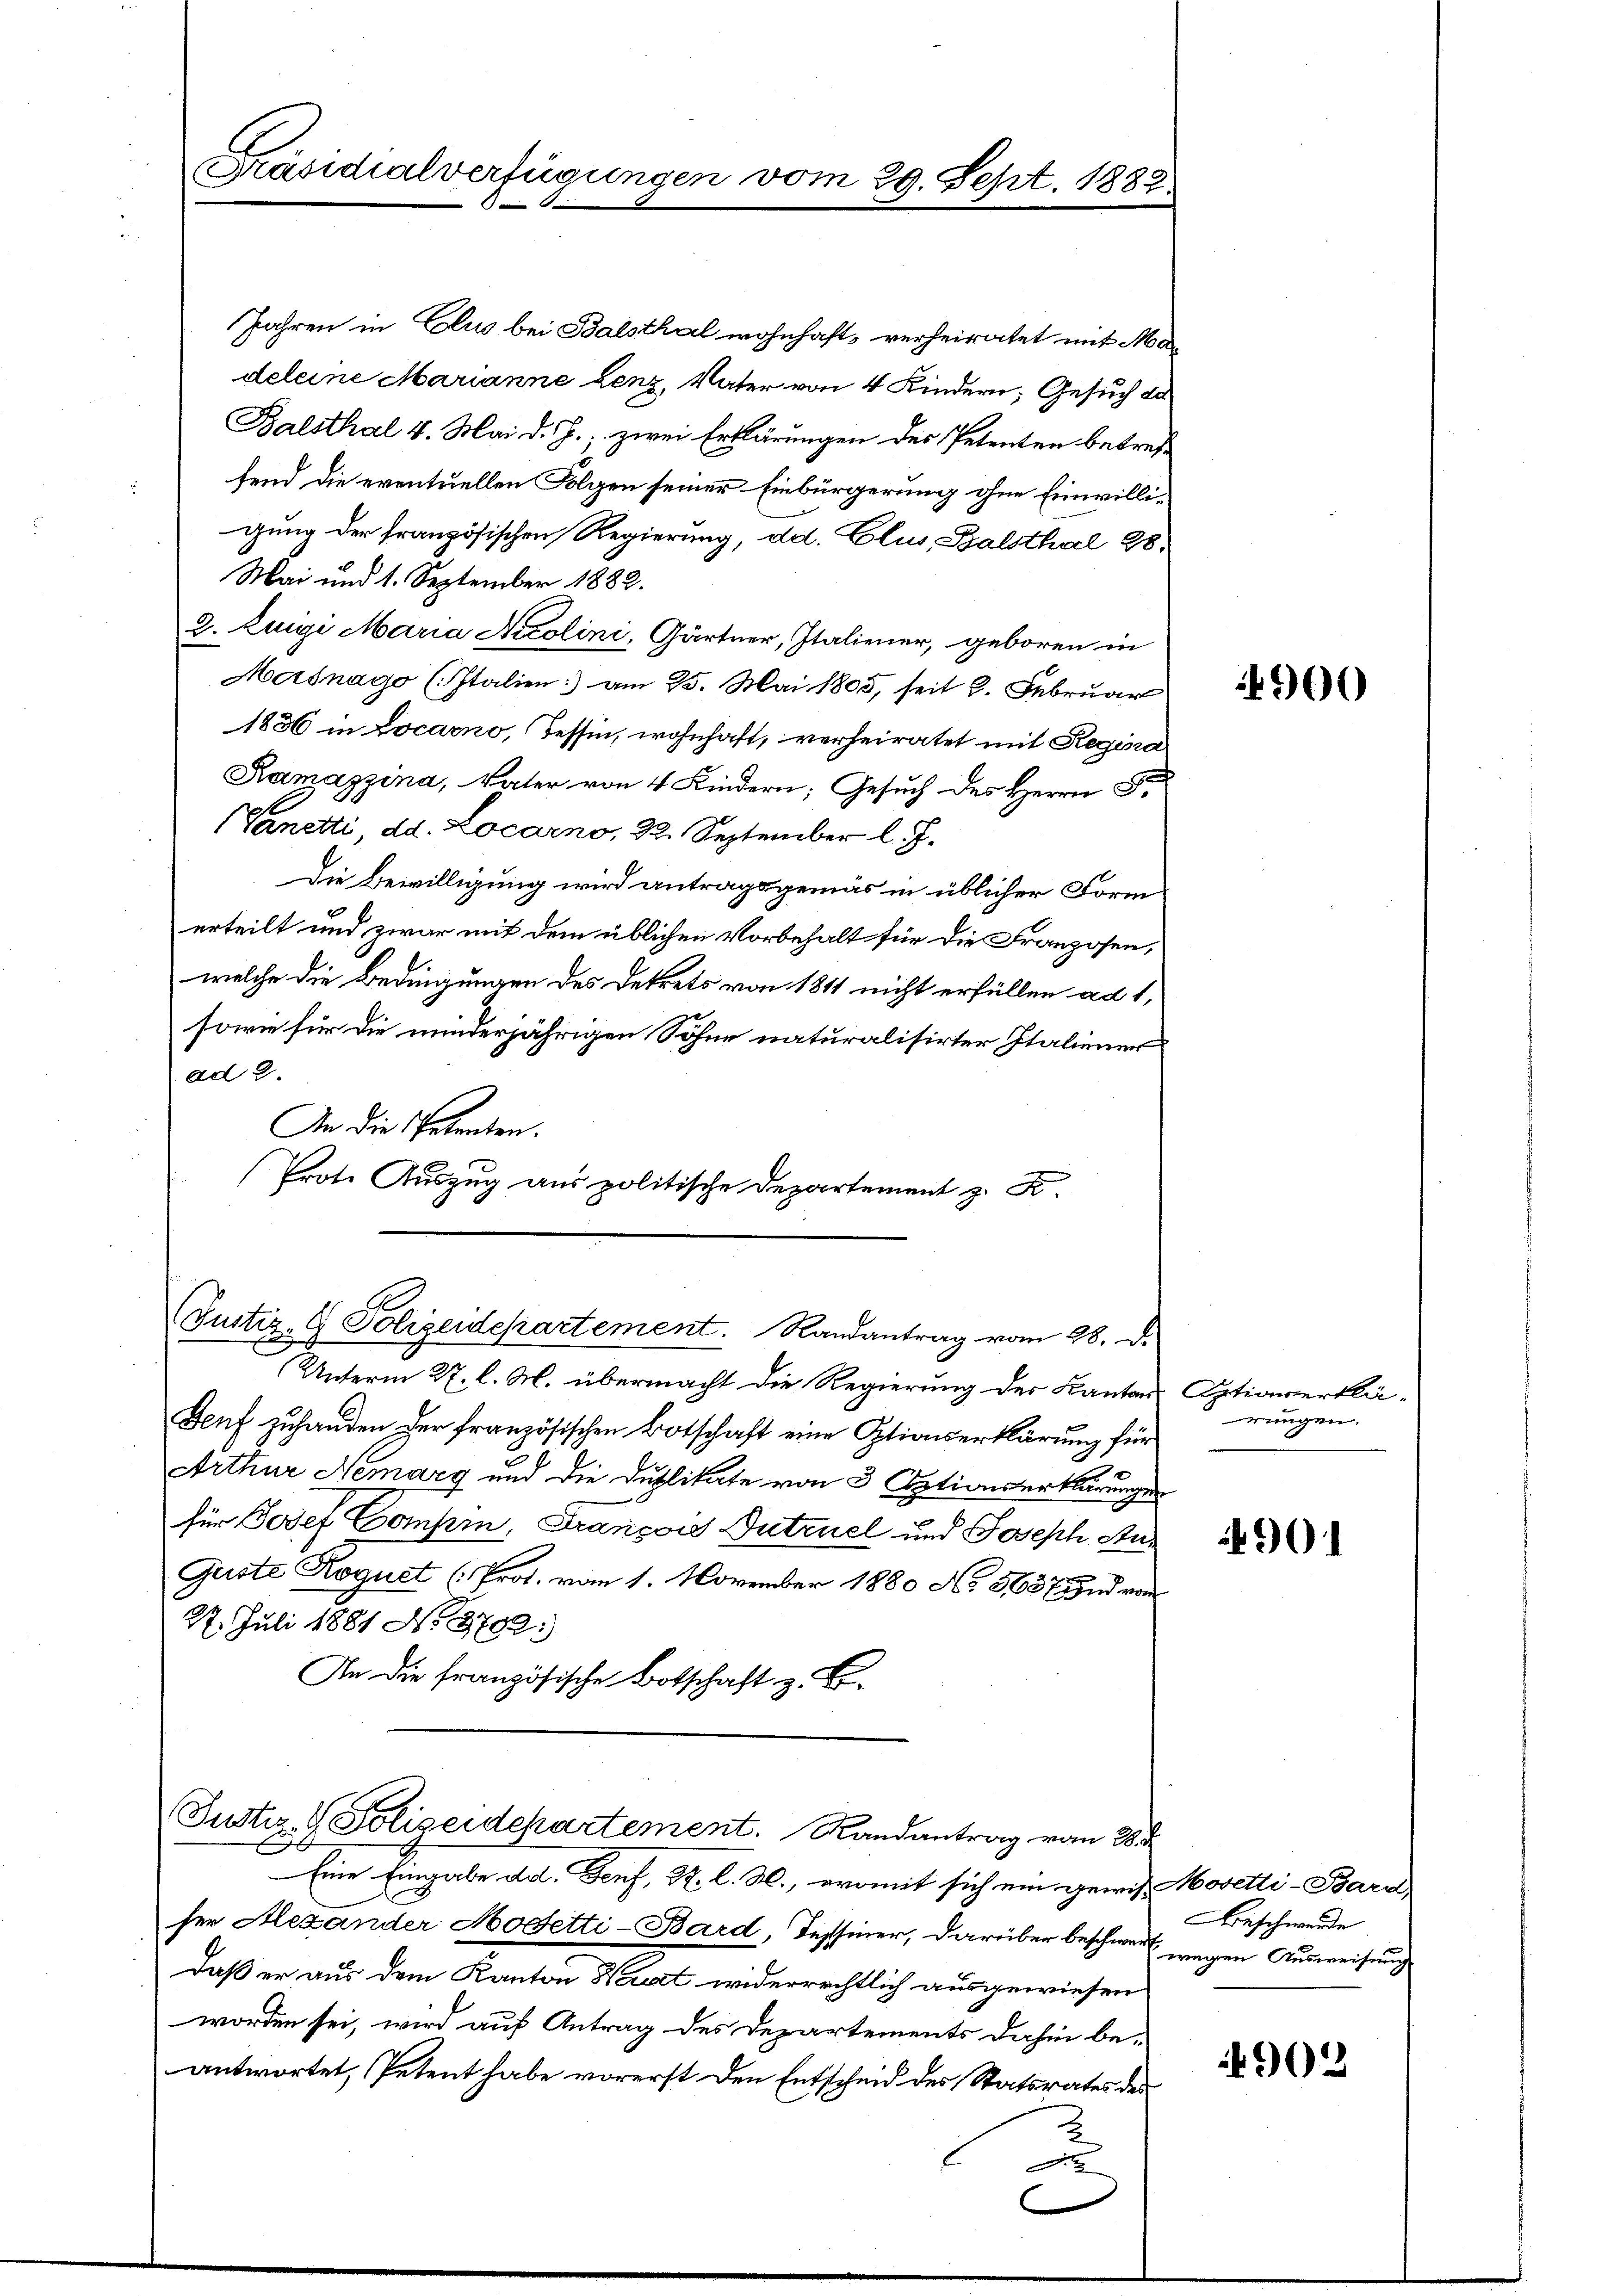
Präsidialverfügungen vom 29. Sept. 1883

Jahren in Clus bei Balsthal wohnhaft, verheiratet mit Ma
deleine Marianne Lenz. Vater von 4 Kindern, Gesuch de
Balsthal 4. Mai d. J., zwei Erklärungen des Petenten betreff
fend die eventuellen Folgen seiner Einbürgerung ohne Einwilligung der französischen Regierung, dd. Clus, Balsthal 98,
Mai und 1. September 1882.
2. Luigi Maria Nicolini, Gärtner, Italiener, geboren in
Masnago (Italien) am 25. Mai 1805, seit 2. Februar
1836 in Locarno, Tessin, wohnhaft, verheiratet mit Regina
Ramazzina, Vater von 4 Kindern; Gesuch des Herrn F.
(Vanetti, dd. Locarno, 22. September l. J.
Die Bewilligung wird antragsgemäs in üblicher Form
erteilt und zwar mit dem üblichen Vorbehalt für die Franzosen,
welche die Bedingungen des Dekrets von 1811 nicht erfüllen ad 1,
sowie für die minderjährigen Söhne naturalisirter Italiener
ad 2.
An die Petenten.
Prote Auszug aus politische Departement z. K.

Unterm 27. l. M. übermacht die Regierung der Kanton
Genf zuhanden der französischen Botschaft eine Optionserklärung für
Arthur Nemary und die Duplikate von 3 Optionserklärungen
für Josef Compen, François Tutruel und Joseph An¬
Geiste Roguet (Prot. vom 1. November 1880 No 5637 und von
2. Juli 1881 N. 3792:
An die französische Botschaft z. B.

Justiz- & Polizeidepartement. Randantrag vom 28. d.

Justiz- & Polizeidepartement. Randantrag vom 28.
E

Eine Eingabe ad. Genf, S. l. M., womit sich ein gewis Mosetti-Bars
ser Alexander Modetti-Bard, Tessiner, darüber beschwert wegen Ausweisung
Daß er aus dem Kanton Herst widerrechtlich ausgewiesen
worden sei, wird auf Antrag des Departements dahin be-
antwortet, Petent habe vorerst den Entscheid des Statsrates des
2

4900

Optianerklärungen.

901

Beschwerde

4902